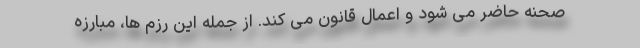
صحنه حاضر می شود و اعمال قانون می کند. از جمله این رزم ها، مبارزه